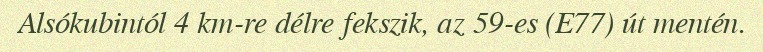
Alsókubintól 4 km-re délre fekszik, az 59-es (E77) út mentén.